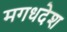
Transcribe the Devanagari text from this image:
मगधदेश